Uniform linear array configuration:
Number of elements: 12
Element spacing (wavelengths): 1
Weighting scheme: binomial
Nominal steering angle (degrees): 30
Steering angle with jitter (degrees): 29.276
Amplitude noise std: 0.05
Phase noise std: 0.05

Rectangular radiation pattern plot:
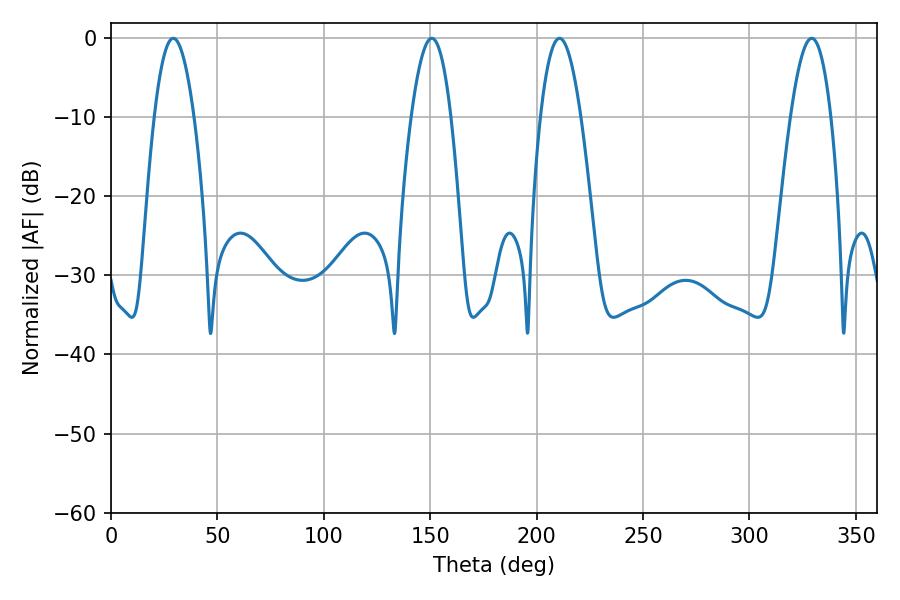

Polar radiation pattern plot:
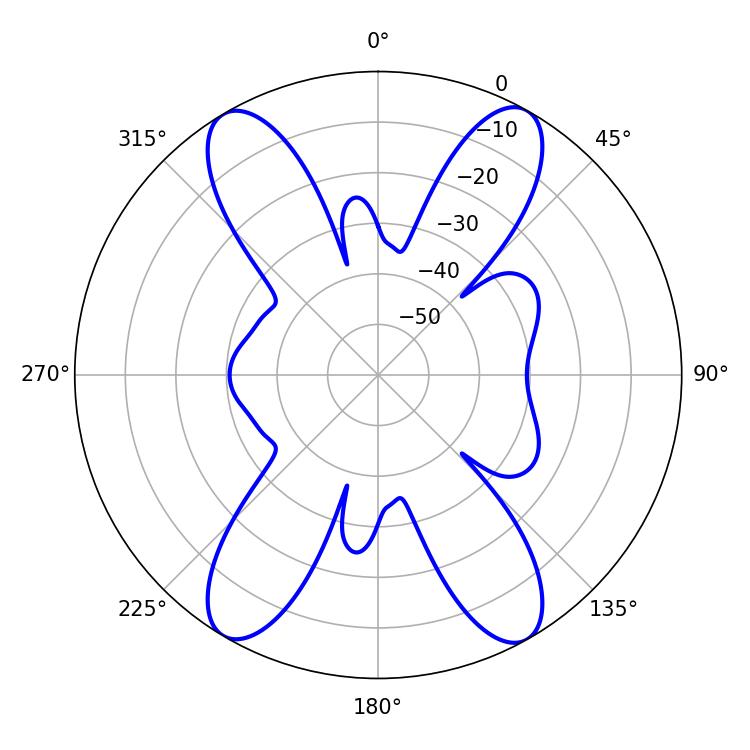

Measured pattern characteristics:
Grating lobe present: TRUE
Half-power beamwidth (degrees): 10.26
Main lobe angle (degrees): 329.22